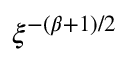
\xi ^ { - ( \beta + 1 ) / 2 }